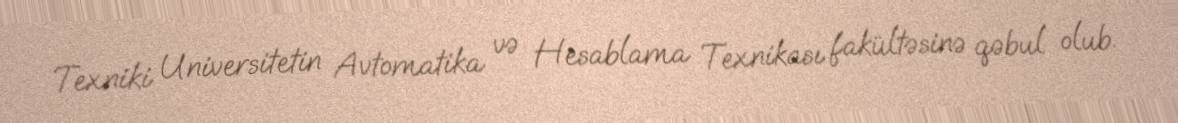
Texniki Universitetin Avtomatika və Hesablama Texnikası fakültəsinə qəbul olub.